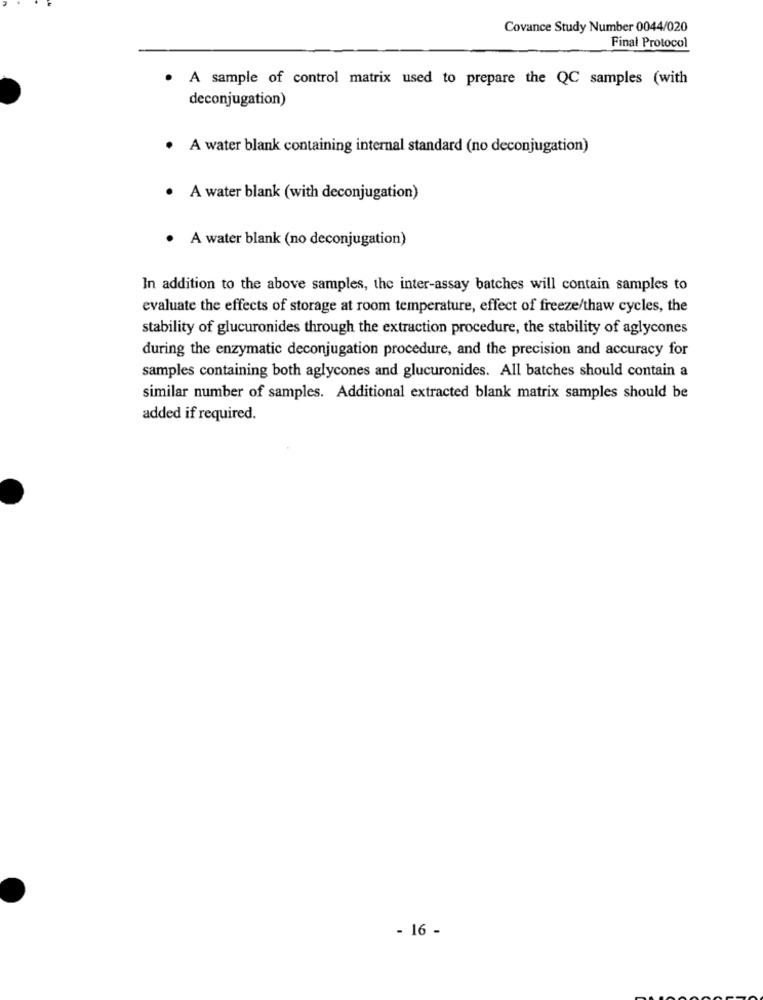
Covance Study Number 0044/020
Final Protocol
. A sample of control matrix used to prepare the QC samples (with
deconjugation)
· A water blank containing internal standard (no deconjugation)
. A water blank (with deconjugation)
· A water blank (no deconjugation)
In addition to the above samples, the inter-assay batches will contain samples to
evaluate the effects of storage at room temperature, effect of freeze/thaw cycles, the
stability of glucuronides through the extraction procedure, the stability of aglycones
during the enzymatic deconjugation procedure, and the precision and accuracy for
samples containing both aglycones and glucuronides. All batches should contain a
similar number of samples. Additional extracted blank matrix samples should be
added if required.
- 16 -